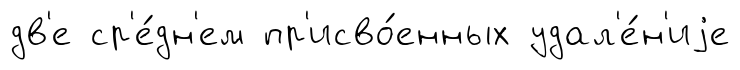
дв'е ср'е́дн'ем пр'исво́енных удал'е́н'иjе